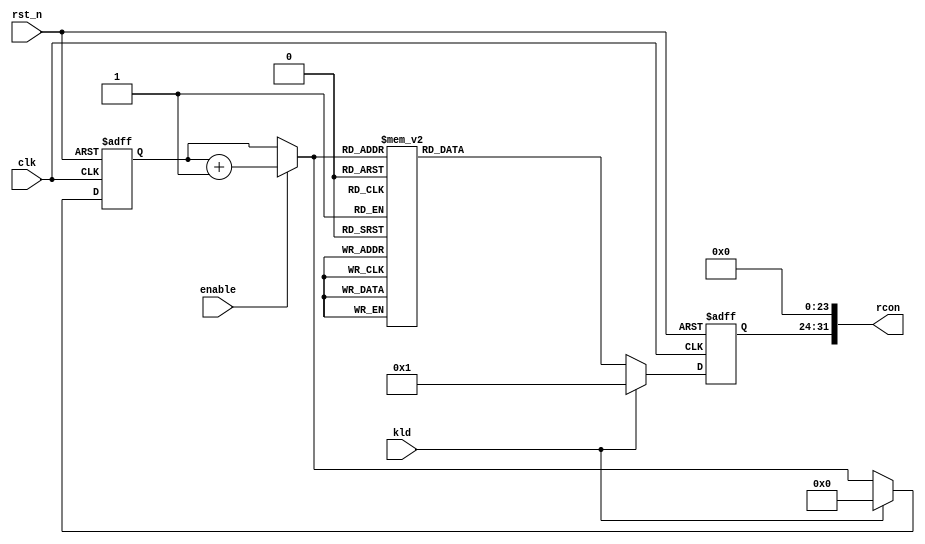
module aes_rconst (
  input  wire           clk,
  input  wire           rst_n,
  input  wire           kld,
  input  wire           enable,
  output wire  [31:0]   rcon 
);
  reg      [7:0]    rcon_r;
  reg      [3:0]    rcnt_next;
  reg      [3:0]    rcnt;

  assign rcon = { rcon_r, 24'h00_0000 };
  always @( posedge clk or negedge rst_n ) begin
    if ( ~rst_n ) begin
      rcon_r <= #1 8'h01;
    end
    else if ( kld ) begin
      rcon_r <= #1 8'h01;
    end
    else begin     
      rcon_r <= #1 frcon(rcnt_next);
    end
  end

  always @( * ) begin
    rcnt_next = rcnt;
    if ( enable ) begin
      rcnt_next = rcnt + 4'h1;
    end
  end

  always @( posedge clk or negedge rst_n ) begin
    if ( ~rst_n ) begin
      rcnt <= #1 4'h0;
    end
    else if ( kld ) begin 
      rcnt <= #1 4'h0;
    end
    else begin
      rcnt <= #1 rcnt_next;
    end
  end

  function [7:0] frcon;
    input  [3:0]  i;
    begin
      case ( i )   // synopsys parallel_case
        4'h0    : frcon = 8'h01;
        4'h1    : frcon = 8'h02;
        4'h2    : frcon = 8'h04;
        4'h3    : frcon = 8'h08;
        4'h4    : frcon = 8'h10;
        4'h5    : frcon = 8'h20;
        4'h6    : frcon = 8'h40;
        4'h7    : frcon = 8'h80;
        4'h8    : frcon = 8'h1b;
        4'h9    : frcon = 8'h36;
        default : frcon = 8'h01;
      endcase
    end
  endfunction

endmodule